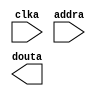
module romSeis50x72(
  clka,
  addra,
  douta
);

input clka;
input [10 : 0] addra;
output [7 : 0] douta;

// synthesis translate_off

  BLK_MEM_GEN_V6_3 #(
    .C_ADDRA_WIDTH(11),
    .C_ADDRB_WIDTH(11),
    .C_ALGORITHM(1),
    .C_AXI_ID_WIDTH(4),
    .C_AXI_SLAVE_TYPE(0),
    .C_AXI_TYPE(1),
    .C_BYTE_SIZE(9),
    .C_COMMON_CLK(0),
    .C_DEFAULT_DATA("0"),
    .C_DISABLE_WARN_BHV_COLL(0),
    .C_DISABLE_WARN_BHV_RANGE(0),
    .C_ENABLE_32BIT_ADDRESS(0),
    .C_FAMILY("spartan6"),
    .C_HAS_AXI_ID(0),
    .C_HAS_ENA(0),
    .C_HAS_ENB(0),
    .C_HAS_INJECTERR(0),
    .C_HAS_MEM_OUTPUT_REGS_A(0),
    .C_HAS_MEM_OUTPUT_REGS_B(0),
    .C_HAS_MUX_OUTPUT_REGS_A(0),
    .C_HAS_MUX_OUTPUT_REGS_B(0),
    .C_HAS_REGCEA(0),
    .C_HAS_REGCEB(0),
    .C_HAS_RSTA(0),
    .C_HAS_RSTB(0),
    .C_HAS_SOFTECC_INPUT_REGS_A(0),
    .C_HAS_SOFTECC_OUTPUT_REGS_B(0),
    .C_INIT_FILE_NAME("romSeis50x72.mif"),
    .C_INITA_VAL("0"),
    .C_INITB_VAL("0"),
    .C_INTERFACE_TYPE(0),
    .C_LOAD_INIT_FILE(1),
    .C_MEM_TYPE(3),
    .C_MUX_PIPELINE_STAGES(0),
    .C_PRIM_TYPE(1),
    .C_READ_DEPTH_A(1700),
    .C_READ_DEPTH_B(1700),
    .C_READ_WIDTH_A(8),
    .C_READ_WIDTH_B(8),
    .C_RST_PRIORITY_A("CE"),
    .C_RST_PRIORITY_B("CE"),
    .C_RST_TYPE("SYNC"),
    .C_RSTRAM_A(0),
    .C_RSTRAM_B(0),
    .C_SIM_COLLISION_CHECK("ALL"),
    .C_USE_BYTE_WEA(0),
    .C_USE_BYTE_WEB(0),
    .C_USE_DEFAULT_DATA(1),
    .C_USE_ECC(0),
    .C_USE_SOFTECC(0),
    .C_WEA_WIDTH(1),
    .C_WEB_WIDTH(1),
    .C_WRITE_DEPTH_A(1700),
    .C_WRITE_DEPTH_B(1700),
    .C_WRITE_MODE_A("WRITE_FIRST"),
    .C_WRITE_MODE_B("WRITE_FIRST"),
    .C_WRITE_WIDTH_A(8),
    .C_WRITE_WIDTH_B(8),
    .C_XDEVICEFAMILY("spartan6")
  )
  inst (
    .CLKA(clka),
    .ADDRA(addra),
    .DOUTA(douta),
    .RSTA(),
    .ENA(),
    .REGCEA(),
    .WEA(),
    .DINA(),
    .CLKB(),
    .RSTB(),
    .ENB(),
    .REGCEB(),
    .WEB(),
    .ADDRB(),
    .DINB(),
    .DOUTB(),
    .INJECTSBITERR(),
    .INJECTDBITERR(),
    .SBITERR(),
    .DBITERR(),
    .RDADDRECC(),
    .S_ACLK(),
    .S_ARESETN(),
    .S_AXI_AWID(),
    .S_AXI_AWADDR(),
    .S_AXI_AWLEN(),
    .S_AXI_AWSIZE(),
    .S_AXI_AWBURST(),
    .S_AXI_AWVALID(),
    .S_AXI_AWREADY(),
    .S_AXI_WDATA(),
    .S_AXI_WSTRB(),
    .S_AXI_WLAST(),
    .S_AXI_WVALID(),
    .S_AXI_WREADY(),
    .S_AXI_BID(),
    .S_AXI_BRESP(),
    .S_AXI_BVALID(),
    .S_AXI_BREADY(),
    .S_AXI_ARID(),
    .S_AXI_ARADDR(),
    .S_AXI_ARLEN(),
    .S_AXI_ARSIZE(),
    .S_AXI_ARBURST(),
    .S_AXI_ARVALID(),
    .S_AXI_ARREADY(),
    .S_AXI_RID(),
    .S_AXI_RDATA(),
    .S_AXI_RRESP(),
    .S_AXI_RLAST(),
    .S_AXI_RVALID(),
    .S_AXI_RREADY(),
    .S_AXI_INJECTSBITERR(),
    .S_AXI_INJECTDBITERR(),
    .S_AXI_SBITERR(),
    .S_AXI_DBITERR(),
    .S_AXI_RDADDRECC()
  );

// synthesis translate_on

endmodule